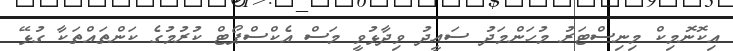
އިކޮނޮމިކް މިނިސްޓަރު މުހަންމަދު ސައީދު ވިދާޅުވީ މަސް އެކްސްޕޯޓް ކުރުމުގެ ކަންތައްތަކާ ގުޅޭ